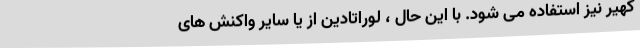
کهیر نیز استفاده می شود. با این حال ، لوراتادین از یا سایر واکنش های